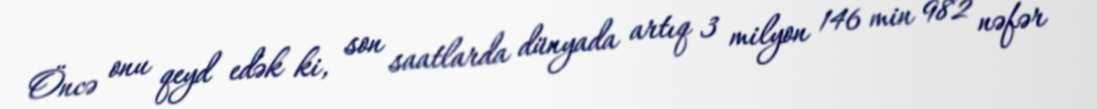
Öncə onu qeyd edək ki, son saatlarda dünyada artıq 3 milyon 146 min 982 nəfər